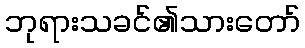
ဘုရားသခင်၏သားတော်